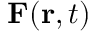
\mathbf { F } ( \mathbf { r } , t )